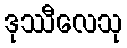
ဒုဿီလေသု